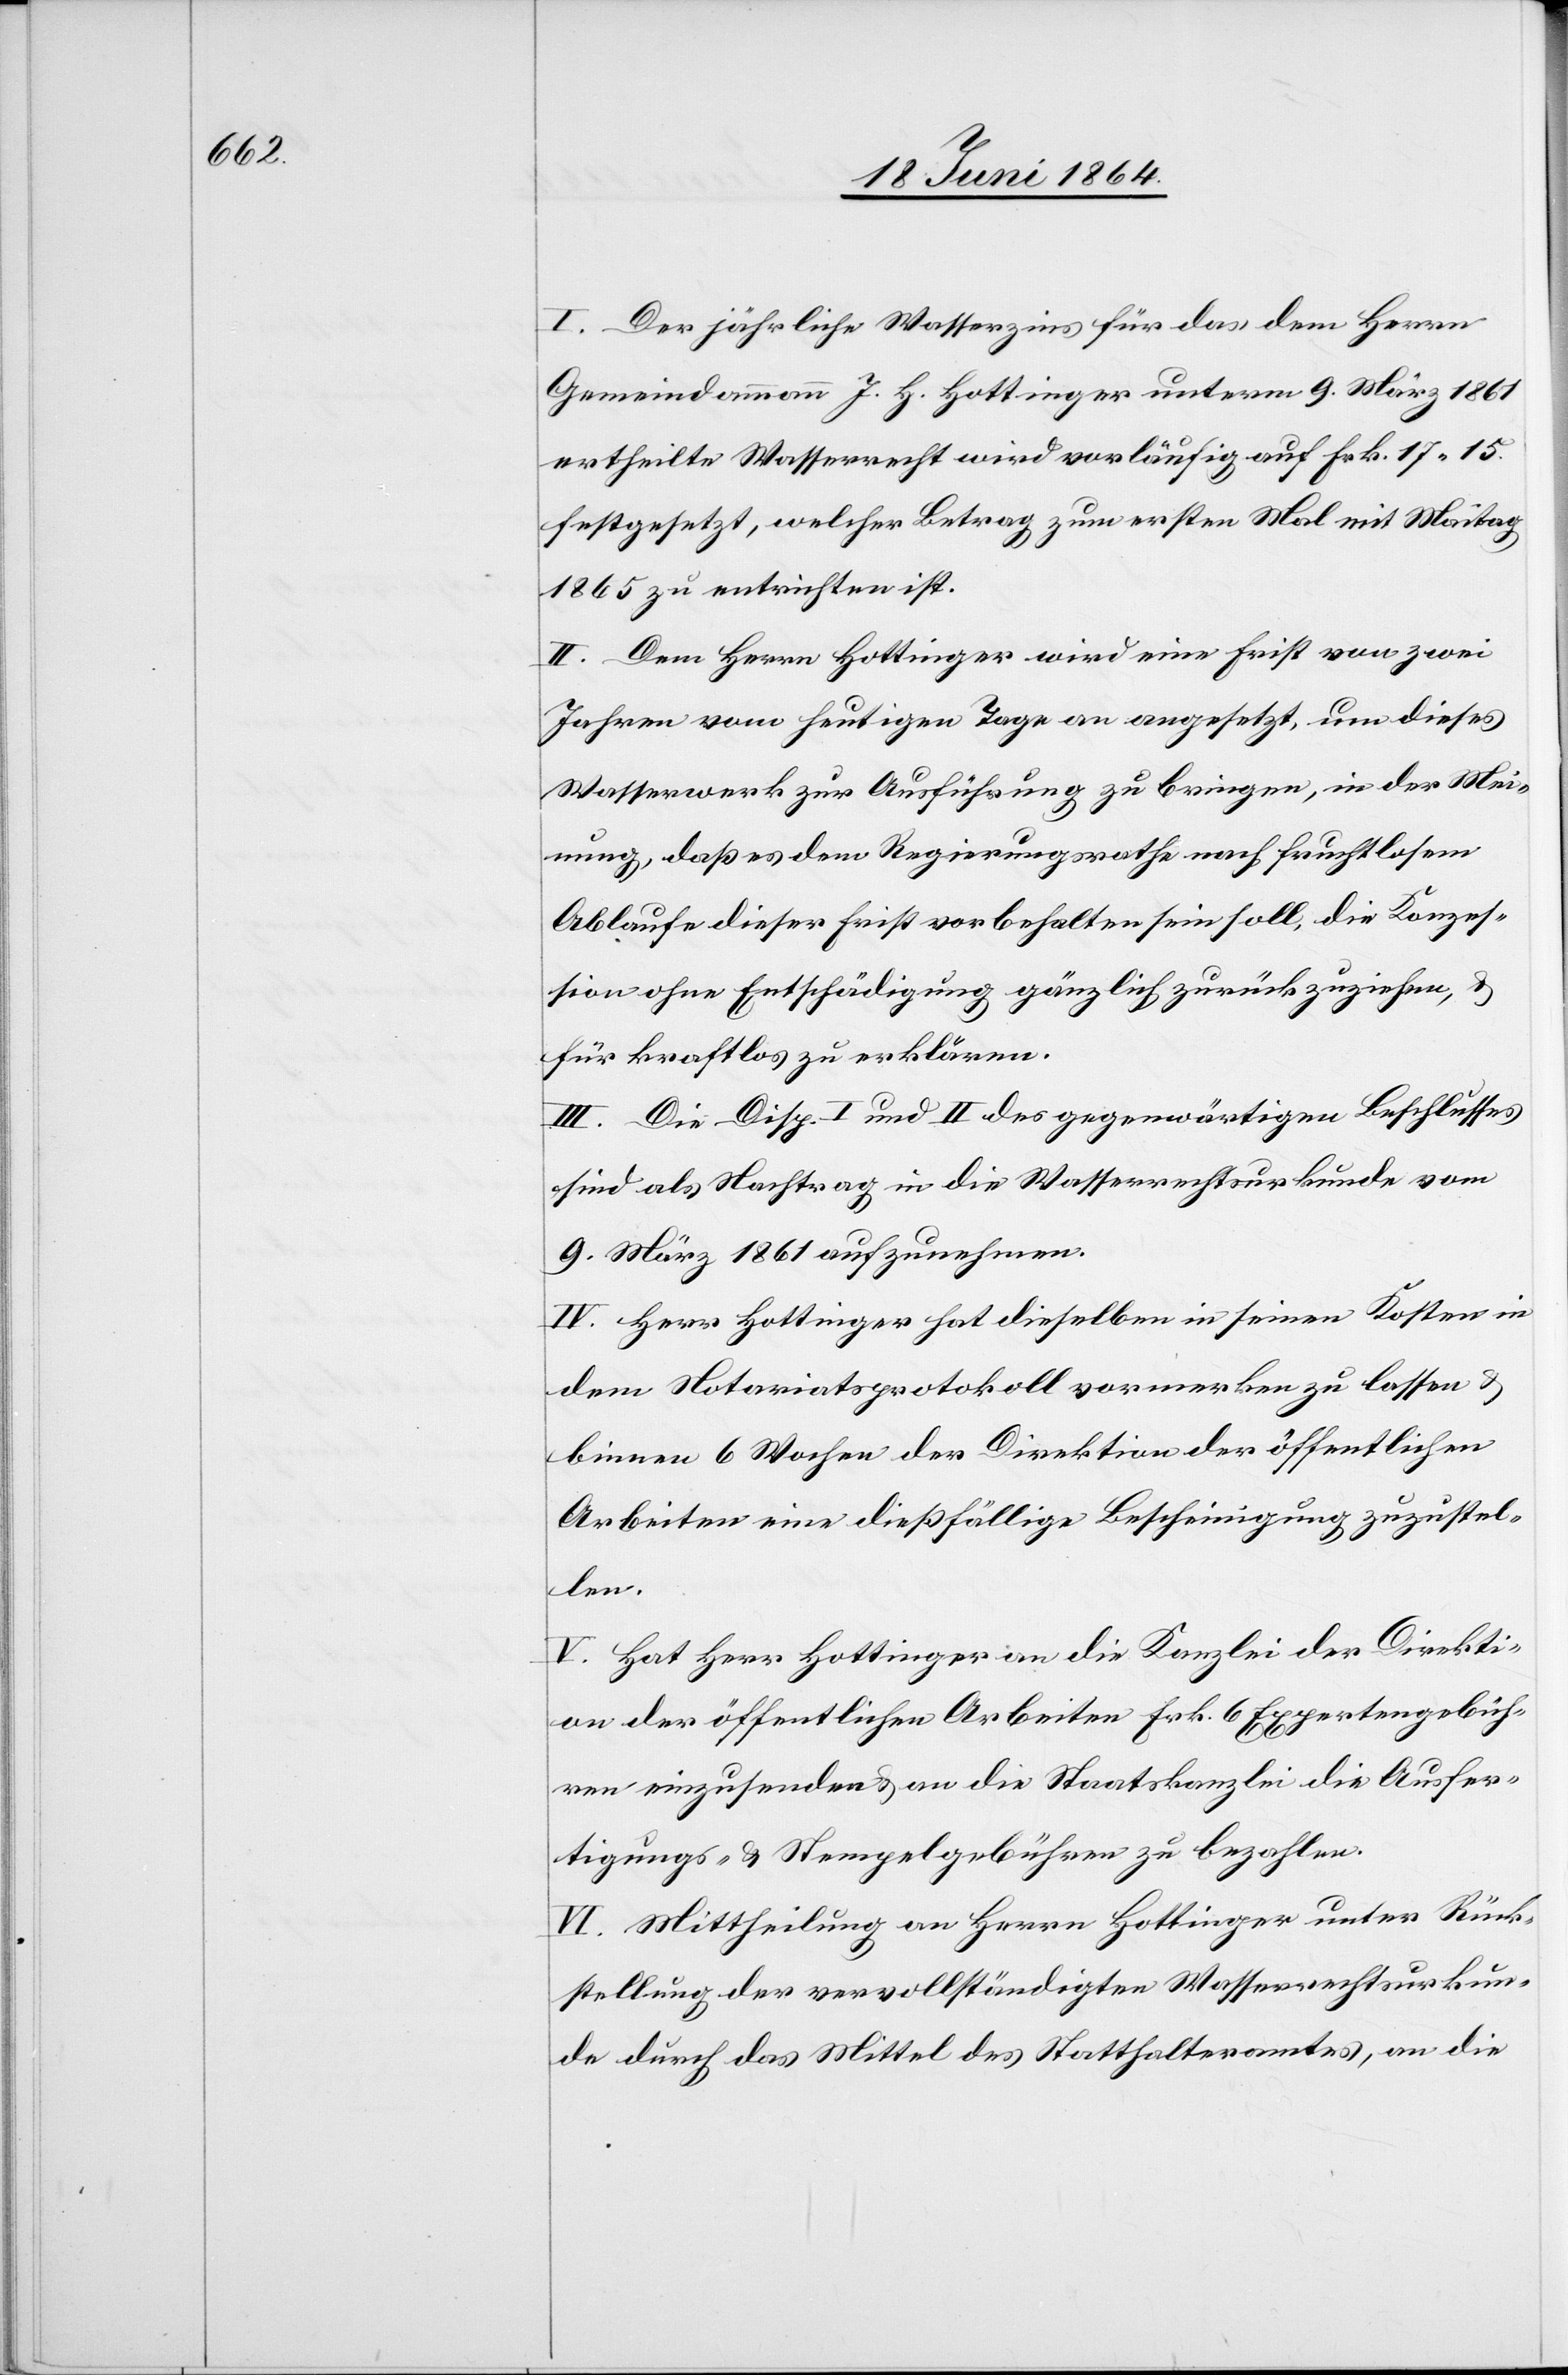
I. Der jährliche Wasserzins für das dem Herrn
Gemeindammann J. H. Hottinger unterm 9. März 1861
ertheilte Wasserrecht wird vorläufig auf Frk. 17 15.
festgesetzt, welcher Betrag zum ersten Mal mit Maitag
1865 zu entrichten ist.
II. Dem Herrn Hottinger wird eine Frist von zwei
Jahren vom heutigen Tage an angesetzt, um dieses
Wasserwerk zur Ausführung zu bringen, in der Mei¬
nung, daß es dem Regierungsrathe nach fruchtlosem
Ablaufe dieser Frist vorbehalten sein soll, die Konzes¬
sion ohne Entschädigung gänzlich zurückzuziehen, u.
für kraftlos zu erklären.
III. Die Disp. I und II des gegenwärtigen Beschlusses
sind als Nachtrag in die Wasserrechtsurkunde vom
9. März 1861 aufzunehmen.
IV. Herr Hottinger hat dieselben in seinen Kosten in
dem Notariatsprotokoll vermerken zu lassen u.
binnen 6 Wochen der Direktion der öffentlichen
Arbeiten eine dießfällige Bescheinigung zuzustel¬
len.
V. Hat Herr Hottinger an die Kanzlei der Direkti¬
on der öffentlichen Arbeiten Frk. 6 Expertengebüh¬
ren einzusenden u. an die Staatskanzlei die Ausfer¬
tigungs- u. Stempelgebühren zu bezahlen.
VI. Mittheilung an Herrn Hottinger unter Rück¬
stellung der vervollständigten Wasserrechtsurkun¬
de durch das Mittel des Statthalteramtes, an die